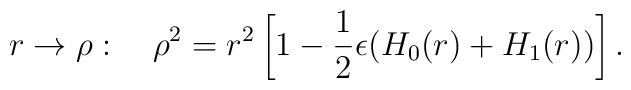
r\rightarrow\rho:\quad  \rho^2=r^2\left[1-\frac{1}{2}\epsilon(H_0(r)+H_1(r))\right].